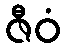
ဇီဝံ